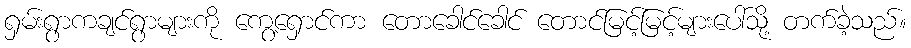
ရှမ်းရွာကချင်ရွာများကို ကွေ့ရှောင်ကာ တောခေါင်ခေါင် တောင်မြင့်မြင့်များပေါ်သို့ တက်ခဲ့သည်။